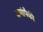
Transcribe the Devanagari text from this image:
जणांपैकी